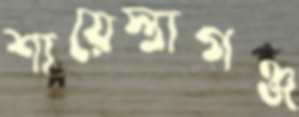
শায়েস্তাগঞ্জ